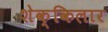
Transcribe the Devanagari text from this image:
शेक्किलार